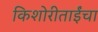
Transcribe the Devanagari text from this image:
किशोरीताईंचा